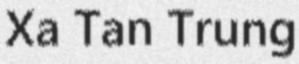
Xa Tan Trung